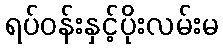
ရပ်ဝန်းနှင့်ပိုးလမ်းမ